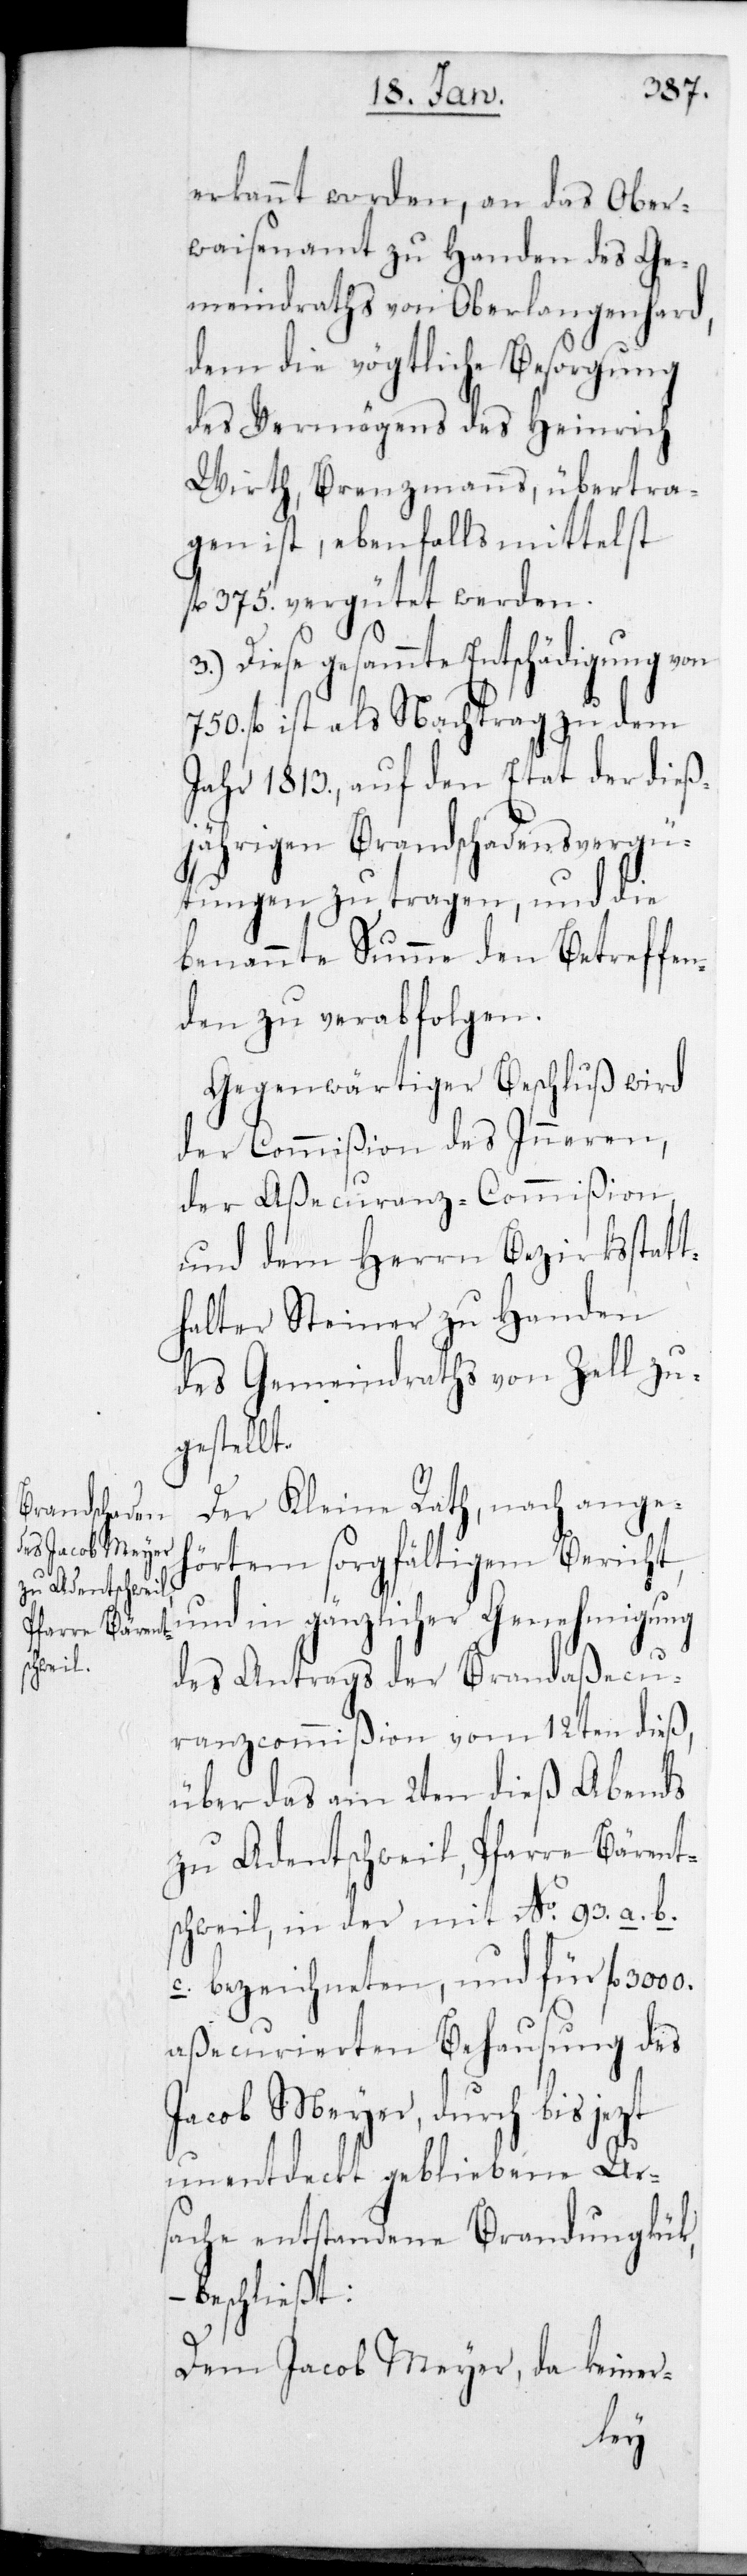
erkannt worden, an das Ober¬
waisenamt zu Handen des Ge¬
meindraths von Oberlangenhard,
dem die vögtliche Besorgung
des Vermögens des Heinrich
Wirth, Brenzmanns, übertra¬
gen ist, ebenfalls mittelst
fl. 375. vergütet werden.
Diese gesammte Entschädigung von
fl. ist als Nachtrag zu dem
Jahr 1813., auf den Etat der dies¬
jährigen Brandschadens-Vergü¬
tungen zu tragen, und die
benannte Summe den Betreffen¬
den zu verabfolgen.
Gegenwärtiger Beschluß wird
der Aßecuranz-Commißion
und dem Herrn Bezirksstatt¬
halter Steiner zu Handen
des Gemeindraths von Zell zu¬
gestellt.
Der Kleine Rath, nach angeh¬
örtem sorgfältigem Bericht,
und in gänzlicher Genehmigung
des Antrags der Brandaßecu¬
ranz-Commißion vom 12ten dies,
über das am 2ten dieß abends
zu Adentschweil, Pfarre Bärent¬
schweil, in der mit No 93. a. b.
c. bezeichneten und für fl.
aßecurierten Behausung des
Jacob Meyer, durch bis
unentdeckt gebliebene Ur¬
sache entstandene Brandunglück,
beschließt:
Dem Jacob Meyer, da keiner-
des